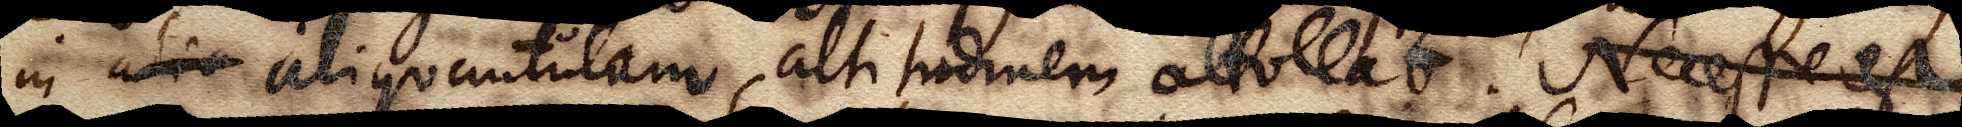
in alio aliquantulam altitudinem attollat. Necesse est